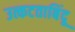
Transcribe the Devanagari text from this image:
उत्कटताबिंदू